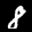
Label: 8